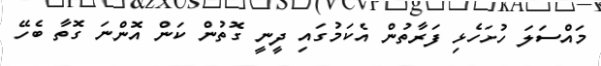
މައްސަލަ ހުށަހެޅި ފަރާތުން އެކަމުގައި ދީނީ ގޮތުން ކަން އޮންނަ ގޮތާ ބެހޭ